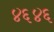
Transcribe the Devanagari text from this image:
४६४६